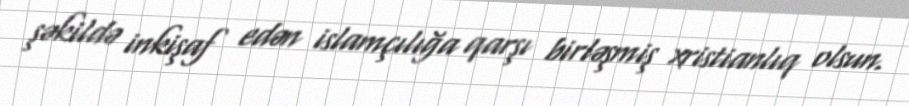
şəkildə inkişaf edən islamçılığa qarşı birləşmiş xristianlıq olsun.